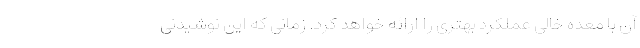
آن با معده خالی عملکرد بهتری را ارائه خواهد کرد. زمانی که این نوشیدنی